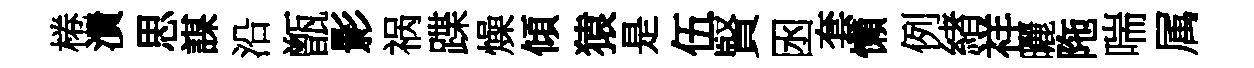
棬潰思謀沿甑影祸蹀燥傾猿是伍賢囦套懶例緖祥曬陁喘属